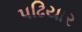
પઢિયાર